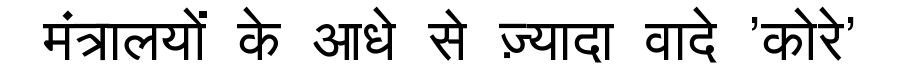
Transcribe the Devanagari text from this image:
मंत्रालयों के आधे से ज़्यादा वादे 'कोरे'